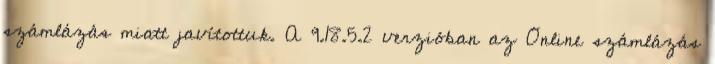
számlázás miatt javítottuk. A 9.18.5.2 verzióban az Online számlázás